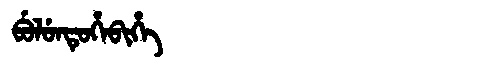
Manchu: ᠪᡠᠯᡠᠨᡨᡠᡥᡝᠪᡳᡥᡝ
Romanization: BULUNTUHEBIHE